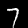
Label: 7